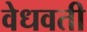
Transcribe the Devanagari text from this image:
वेधवती